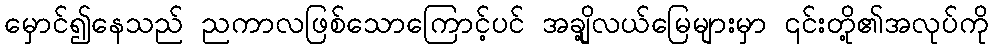
မှောင်၍နေသည် ညကာလဖြစ်သောကြောင့်ပင် အချို့လယ်မြေများမှာ ၎င်းတို့၏အလုပ်ကို